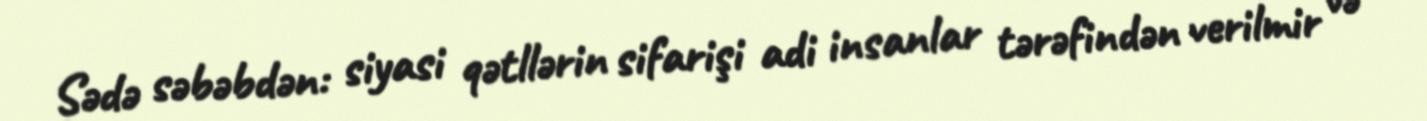
Sədə səbəbdən: siyasi qətllərin sifarişi adi insanlar tərəfindən verilmir və